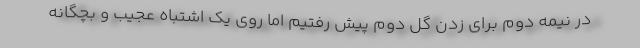
در نیمه دوم برای زدن گل دوم پیش رفتیم اما روی یک اشتباه عجیب و بچگانه